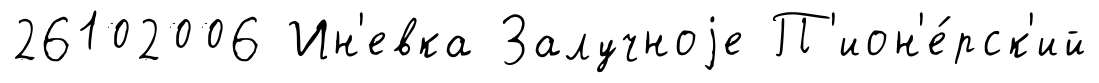
26102006 Ин'евка Залучноjе П'ион'е́рск'ий